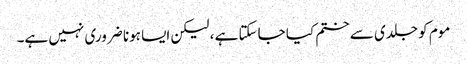
موم کو جلدی سے ختم کیا جاسکتا ہے ، لیکن ایسا ہونا ضروری نہیں ہے۔